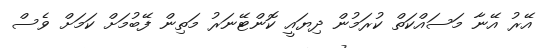
އޭރު އޭނާ މަސައްކަތް ކުރަމުން ދިޔައީ ކޮންޓޭނަރު މަތިން ފޭބުމަށް ކަމަށް ވެސް